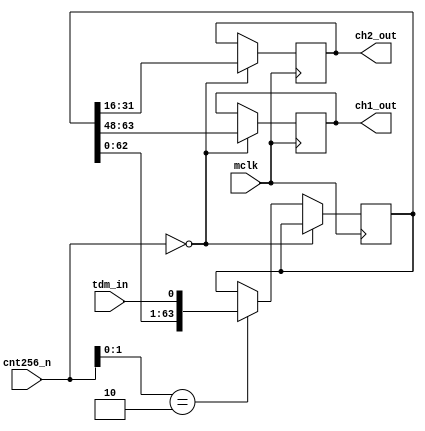
module tdm_input(
    input mclk,
    input [7:0] cnt256_n,
    input tdm_in,
    output reg [15:0] ch1_out,
    output reg [15:0] ch2_out
);
    reg [63:0] data_reg;
    always @(posedge mclk)begin
        if(cnt256_n == 8'd0)begin
            //
            ch1_out <= data_reg[63:48];
            ch2_out <= data_reg[31:16];
        end
        else if(cnt256_n[1:0] == 2'd2)begin
            //
            data_reg <= {data_reg[62:0], tdm_in};
        end
        else begin
            //Latch
        end
    end
endmodule